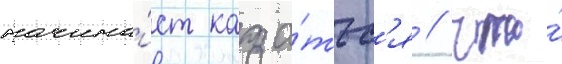
начина́ет каза́тьс'я / что́